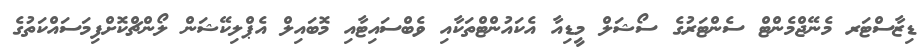
ޑިޒާސްޓަރ މެނޭޖްމެންޓް ސެންޓަރުގެ ސޯޝަލް މީޑިއާ އެކައުންޓްތަކާއި ވެބްސައިޓާއި މޮބައިލް އެޕްލިކޭޝަން ލޯންޗްކޮށްފިމަސައްކަތުގެ